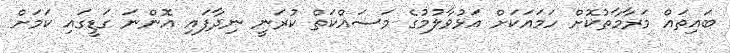
ބައިތައް މަރާމާތުކޮށް ހަމައަކަށް އަޅުވާލުމުގެ މަސައްކަތް ކުރަނީ ނިދާފައި އޮންނަ ގަޑީގައި ކަމަށް